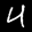
Label: 4